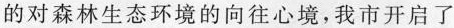
的对森林生态环境的向往心境，我市开启了